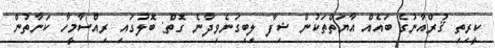
ކީރިތި ޤުރްއާނުގެ ބައެއް އާޔަތްތަކުން ޝިފާ ލިބިގަނެވިދާނެ ގޮތް: ބޮލުގައި ރިއްސާމީހާ ކަނާތުން